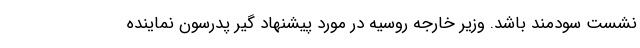
نشست سودمند باشد. وزیر خارجه روسیه در مورد پیشنهاد گیر پدرسون نماینده